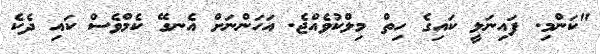
"ކަންމި. ފައިނަލީ ކައިގެ ހިތް މިލްކުވެއްޖެ. އަހަންނަށް އެނގޭ ކެމްވެސް ކައި ދެކެ